Indian journal of veterinary science and animal husbandry - Volume 11,
Year: 1941
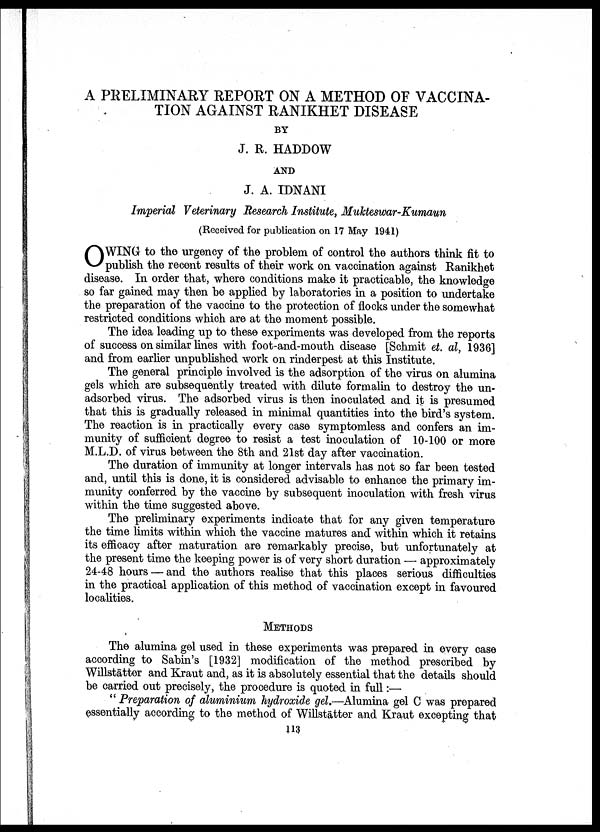
A PRELIMINARY REPORT ON A METHOD OF VACCINA-
TION AGAINST RANIKHET DISEASE
BY
J. R. HADDOW
AND
J. A. IDNANI
Imperial Veterinary Research Institute, Mukteswar-Kumaun
(Received for publication on 17 May 1941)
O WING to the urgency of the problem of control the authors think fit to
publish the recent results of their work on vaccination against Ranikhet
disease. In order that, where conditions make it practicable, the knowledge
so far gained may then be applied by laboratories in a position to undertake
the preparation of the vaccine to the protection of flocks under the somewhat
restricted conditions which are at the moment possible.
The idea leading up to these experiments was developed from the reports
of success on similar lines with foot-and-mouth disease [Schmit et. al, 1936]
and from earlier unpublished work on rinderpest at this Institute.
The general principle involved is the adsorption of the virus on alumina
gels which are subsequently treated with dilute formalin to destroy the un¬
adsorbed virus. The adsorbed virus is then inoculated and it is presumed
that this is gradually released in minimal quantities into the bird's system.
The reaction is in practically every case symptomless and confers an im-
munity of sufficient degree to resist a test inoculation of 10-100 or more
M.L.D. of virus between the 8th and 21st day after vaccination.
The duration of immunity at longer intervals has not so far been tested
and, until this is done, it is considered advisable to enhance the primary im-
munity conferred by the vaccine by subsequent inoculation with fresh virus
within the time suggested above.
The preliminary experiments indicate that for any given temperature
the time limits within which the vaccine matures and within which it retains
its efficacy after maturation are remarkably precise, but unfortunately at
the present time the keeping power is of very short duration — approximately
24-48 hours — and the authors realise that this places serious difficulties
in the practical application of this method of vaccination except in favoured
localities.
METHODS
The alumina gel used in these experiments was prepared in every case
according to Sabin's [1932] modification of the method prescribed by
Willstätter and Kraut and, as it is absolutely essential that the details should
be carried out precisely, the procedure is quoted in full:—
" Preparation of aluminium hydroxide gel.—Alumina gel C was prepared
essentially according to the method of Willstätter and Kraut excepting that
113